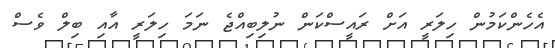
އެހެންކަމުން ހިލަރީ އަށް ރައީސްކަން ނުލިބިއްޖެ ނަމަ ހިލަރީ އާއި ބިލް ވެސް